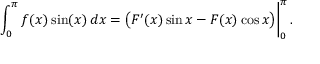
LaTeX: \left. \int _ { 0 } ^ { \pi } f ( x ) \sin ( x ) \, d x = { \bigl ( } F ^ { \prime } ( x ) \sin x - F ( x ) \cos x { \bigr ) } \right| _ { 0 } ^ { \pi } .